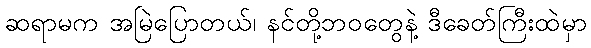
ဆရာမက အမြဲပြောတယ်၊ နင်တို့ဘဝတွေနဲ့ ဒီခေတ်ကြီးထဲမှာ